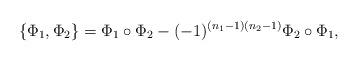
LaTeX: \begin{align*}\{\Phi_1,\Phi_2\} = \Phi_1\circ\Phi_2 -(-1)^{(n_1-1)(n_2-1)} \Phi_2\circ\Phi_1,\end{align*}